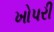
ખોપરી